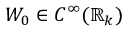
W _ { 0 } \in C ^ { \infty } ( \mathbb { R } _ { k } )